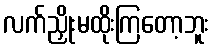
လက်ညှိုးမထိုးကြတော့ဘူး